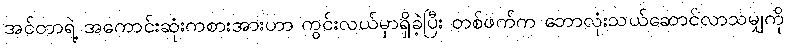
အင်တာရဲ့ အကောင်းဆုံးကစားအားဟာ ကွင်းလယ်မှာရှိခဲ့ပြီး တစ်ဖက်က ဘောလုံးသယ်ဆောင်လာသမျှကို